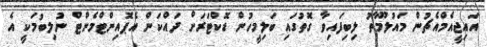
އައިޖީއެމްއެޗުން މައުލޫމާތު ލިބިފައިވާ ގޮތުގައި ބަލިމީހުން ޑޮކްޓަރަށް ދައްކަން އެޕޮއިންޓްމެންޓް ނުލިބުމަކީ އެ